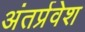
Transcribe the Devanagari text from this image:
अंतर्प्रवेश